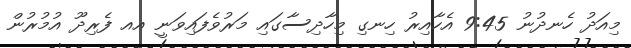
މިއަދު ހެނދުނު 9:45 އެހާއިރު ހިނގި މިހާދިސާގައި މަރުވެފައިވަނީ އއ ފެރިދޫ އުމުރުން